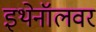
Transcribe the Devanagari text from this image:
इथेनॉलवर